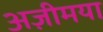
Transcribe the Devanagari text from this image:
अज़ीमया